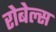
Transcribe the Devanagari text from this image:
रोबेल्स